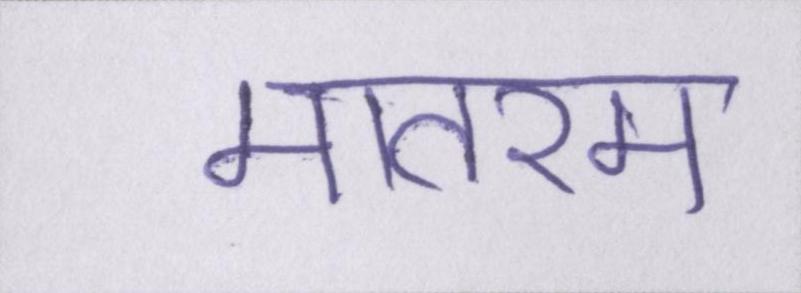
मातरम